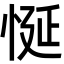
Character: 𢚀